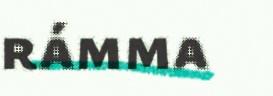
rámma